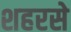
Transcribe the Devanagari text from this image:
शहरसे